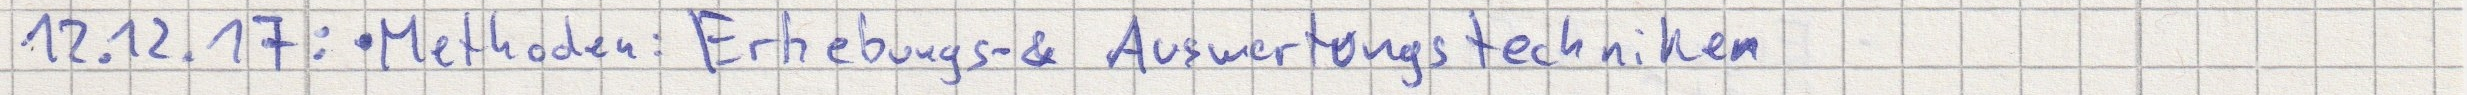
12.12.17: - Methoden: Erhebungs- & Auswertungstechniken